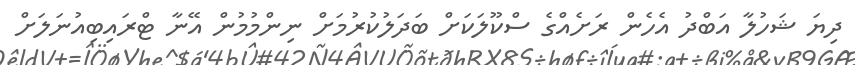
ދިޔަ ޝަހުލާ އަބްދު އެހެން ރަށެއްގެ ސްކޫލަކަށް ބަދަލުކުރުމަށް ނިންމުމުން އޭނާ ޓްރައިބިއުނަލަށް